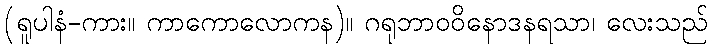
(ရူပါနံ-ကား။ ကာကောလောကန)။ ဂရုဘာဝဝိနောဒနရသာ၊ လေးသည်